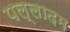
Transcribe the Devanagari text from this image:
पल्लादम